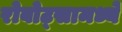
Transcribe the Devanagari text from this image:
रोबोट्सामध्ये